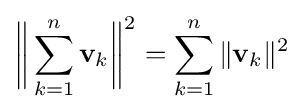
{\biggl \|}\sum _{k=1}^{n}\mathbf {v} _{k}{\biggr \|}^{2}=\sum _{k=1}^{n}\|\mathbf {v} _{k}\|^{2}